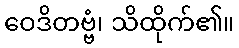
ဝေဒိတဗ္ဗံ၊ သိထိုက်၏။